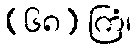
(၆၈) ကြံ၊